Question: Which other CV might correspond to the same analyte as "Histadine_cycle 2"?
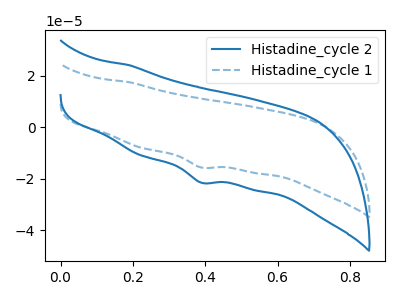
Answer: <think>The blue curve "Histadine_cycle 2" has a cathodic peak at: (0.40V, -21.55uA). The blue dashed curve "Histadine_cycle 1" has a cathodic peak at: (0.40V, -15.65uA).
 All the peaks in "Histadine_cycle 2" have a peak in "Histadine_cycle 1" at the same potential. Every peak in "Histadine_cycle 2" is higher than every peak in "Histadine_cycle 1".</think>
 <answer>The CV with the most similar shape to "Histadine_cycle 1" is "Histadine_cycle 2".</answer>
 <eval>"Histadine_cycle 2"</eval>